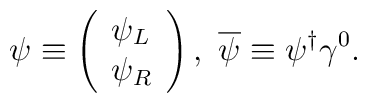
\psi \equiv \left( \begin{array}{l}\psi _L \\ \psi _R\end{array}\right) ,\ \overline{\psi }\equiv \psi ^{\dagger }\gamma ^0.